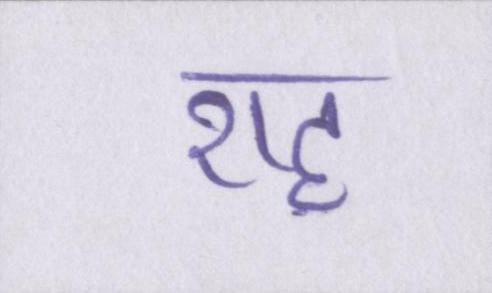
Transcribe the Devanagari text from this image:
राह